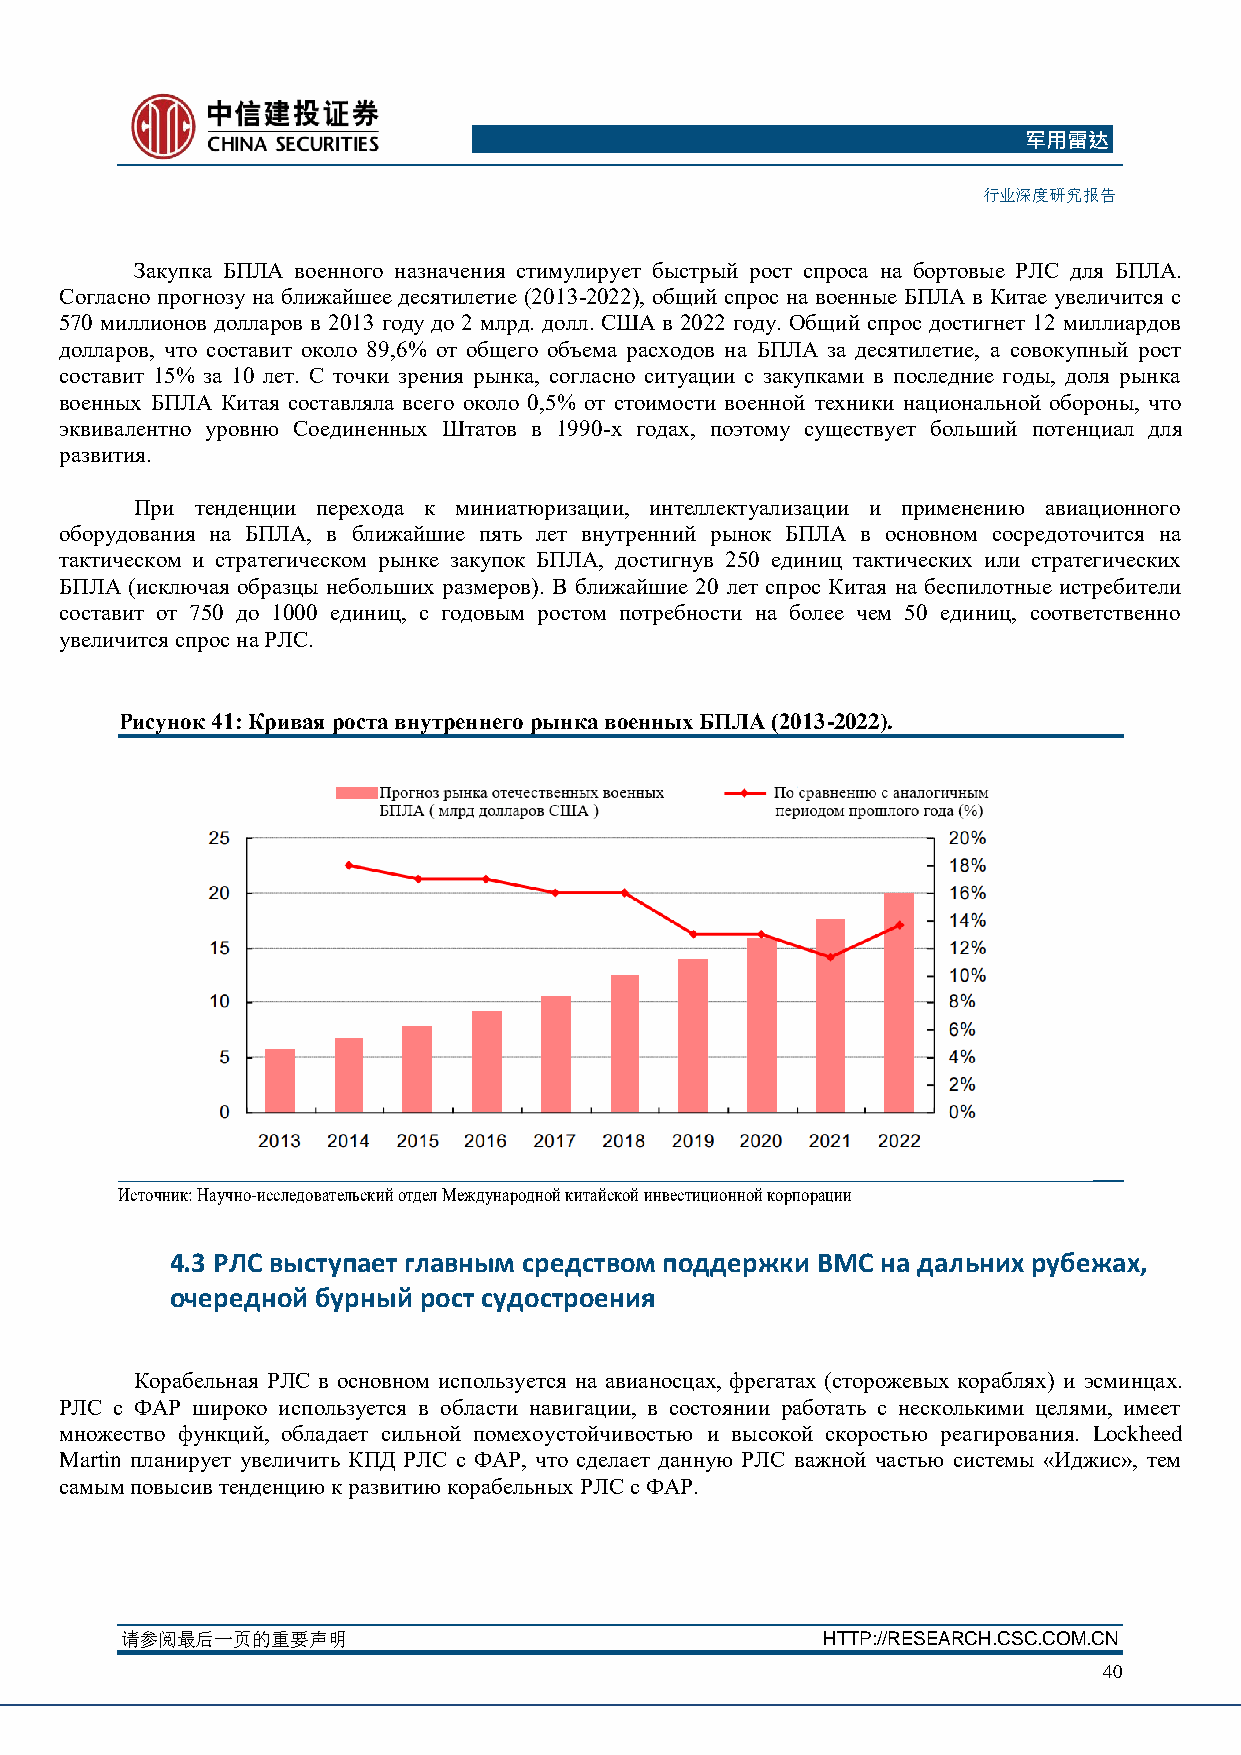
军用雷达
 行业深度研究报告
 Закупка БПЛА военного назначения стимулирует быстрый рост спроса на бортовые РЛС для БПЛА.
 Согласно прогнозу на ближайшее десятилетие (2013-2022), общий спрос на военные БПЛА в Китае увеличится с
 570 миллионов долларов в 2013 году до 2 млрд. долл. США в 2022 году. Общий спрос достигнет 12 миллиардов
 долларов, что составит около 89,6% от общего объема расходов на БПЛА за десятилетие, а совокупный рост
 составит 15% за 10 лет. С точки зрения рынка, согласно ситуации с закупками в последние годы, доля рынка
 военных БПЛА Китая составляла всего около 0,5% от стоимости военной техники национальной обороны, что
 эквивалентно уровню Соединенных Штатов в 1990-х годах, поэтому существует больший потенциал для
 развития.
 При тенденции перехода к миниатюризации, интеллектуализации и применению авиационного
 оборудования на БПЛА, в ближайшие пять лет внутренний рынок БПЛА в основном сосредоточится на
 тактическом и стратегическом рынке закупок БПЛА, достигнув 250 единиц тактических или стратегических
 БПЛА (исключая образцы небольших размеров). В ближайшие 20 лет спрос Китая на беспилотные истребители
 составит от 750 до 1000 единиц, с годовым ростом потребности на более чем 50 единиц, соответственно
 увеличится спрос на РЛС.
 Рисунок 41: Кривая роста внутреннего рынка военных БПЛА (2013-2022).
 Источник: Научно-исследовательский отдел Международной китайской инвестиционной корпорации
 4.3 РЛС выступает главным средством поддержки ВМС на дальних рубежах,
 очередной бурный рост судостроения
 Корабельная РЛС в основном используется на авианосцах, фрегатах (сторожевых кораблях) и эсминцах.
 РЛС с ФАР широко используется в области навигации, в состоянии работать с несколькими целями, имеет
 множество функций, обладает сильной помехоустойчивостью и высокой скоростью реагирования. Lockheed
 Martin планирует увеличить КПД РЛС с ФАР, что сделает данную РЛС важной частью системы «Иджис», тем
 самым повысив тенденцию к развитию корабельных РЛС с ФАР.
 请参阅最后一页的重要声明                                  HTTP://RESEARCH.CSC.COM.CN
 40